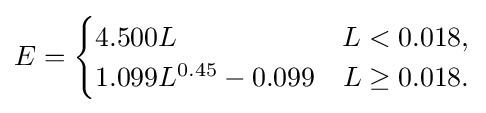
E={\begin{cases}4.500L&L<0.018,\\1.099L^{0.45}-0.099&L\geq 0.018.\end{cases}}